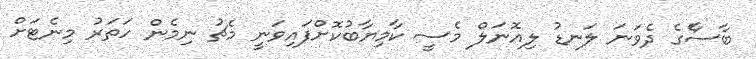
ބާސާެގެ ދެވަނަ ލަނޑު ލިއޮނަލް މެސީ ކާމިޔާބުކޮށްފައިވަނީ މެޗު ނިމެން ހަތަރު މިނެޓަށް